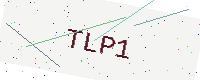
Text: TLP1